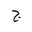
Letter: _gim